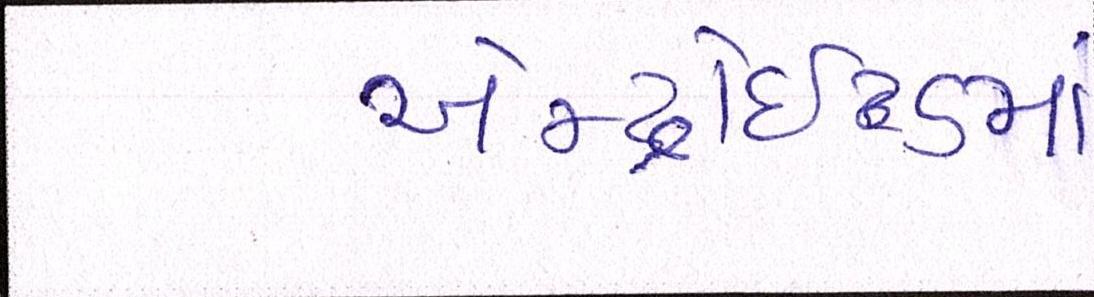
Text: એન્ડ્રોઇડમાં